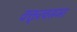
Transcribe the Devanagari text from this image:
वक्तृत्वसभा